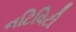
નટિવિટી